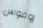
روفوس